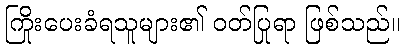
ကြိုးပေးခံရသူများ၏ ဝတ်ပြုရာ ဖြစ်သည်။